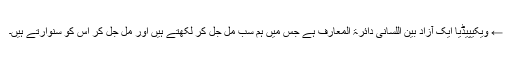
← ویکیپیڈیا ایک آزاد بین اللسانی دائرۃ المعارف ہے جس میں ہم سب مل جل کر لکھتے ہیں اور مل جل کر اس کو سنوارتے ہیں۔